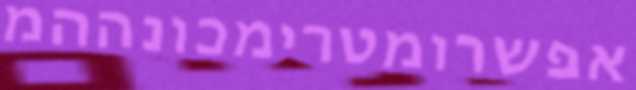
אפשרומטרימכונההמ